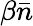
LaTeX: \beta\bar{n}